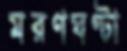
মরণঘণ্টা